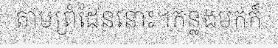
តាមព្រំដែននោះ។កន្លងមកក៏